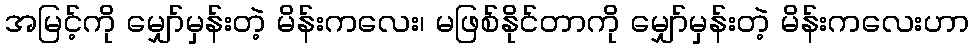
အမြင့်ကို မျှော်မှန်းတဲ့ မိန်းကလေး၊ မဖြစ်နိုင်တာကို မျှော်မှန်းတဲ့ မိန်းကလေးဟာ